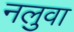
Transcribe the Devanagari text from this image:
नलुवा